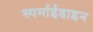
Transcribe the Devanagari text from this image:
स्पर्माईडाइन